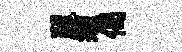
麗缠偈